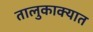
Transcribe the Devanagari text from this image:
तालुकाक्यात